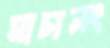
মাচালং